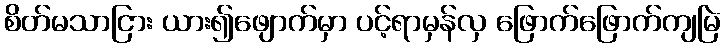
စိတ်မသာငြား ယား၍ဖျောက်မှာ ပင့်ရာမှန်လှ ဖြောက်ဖြောက်ကျမြဲ